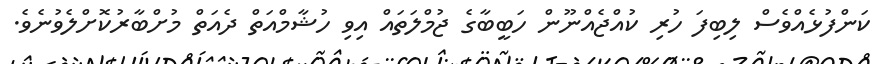
ކަންފުޅެއްވެސް ލިބިފަ ހުރި ކުއްޖެއްނޫން ހަބީބާގެ ޖުމްލަތައް އިވި ހުޝާމްއަތް ދެއަތް މުށްބާރުކޮށްލެވުނެވެ.